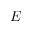
E